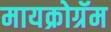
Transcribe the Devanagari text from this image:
मायक्रोग्रॅम